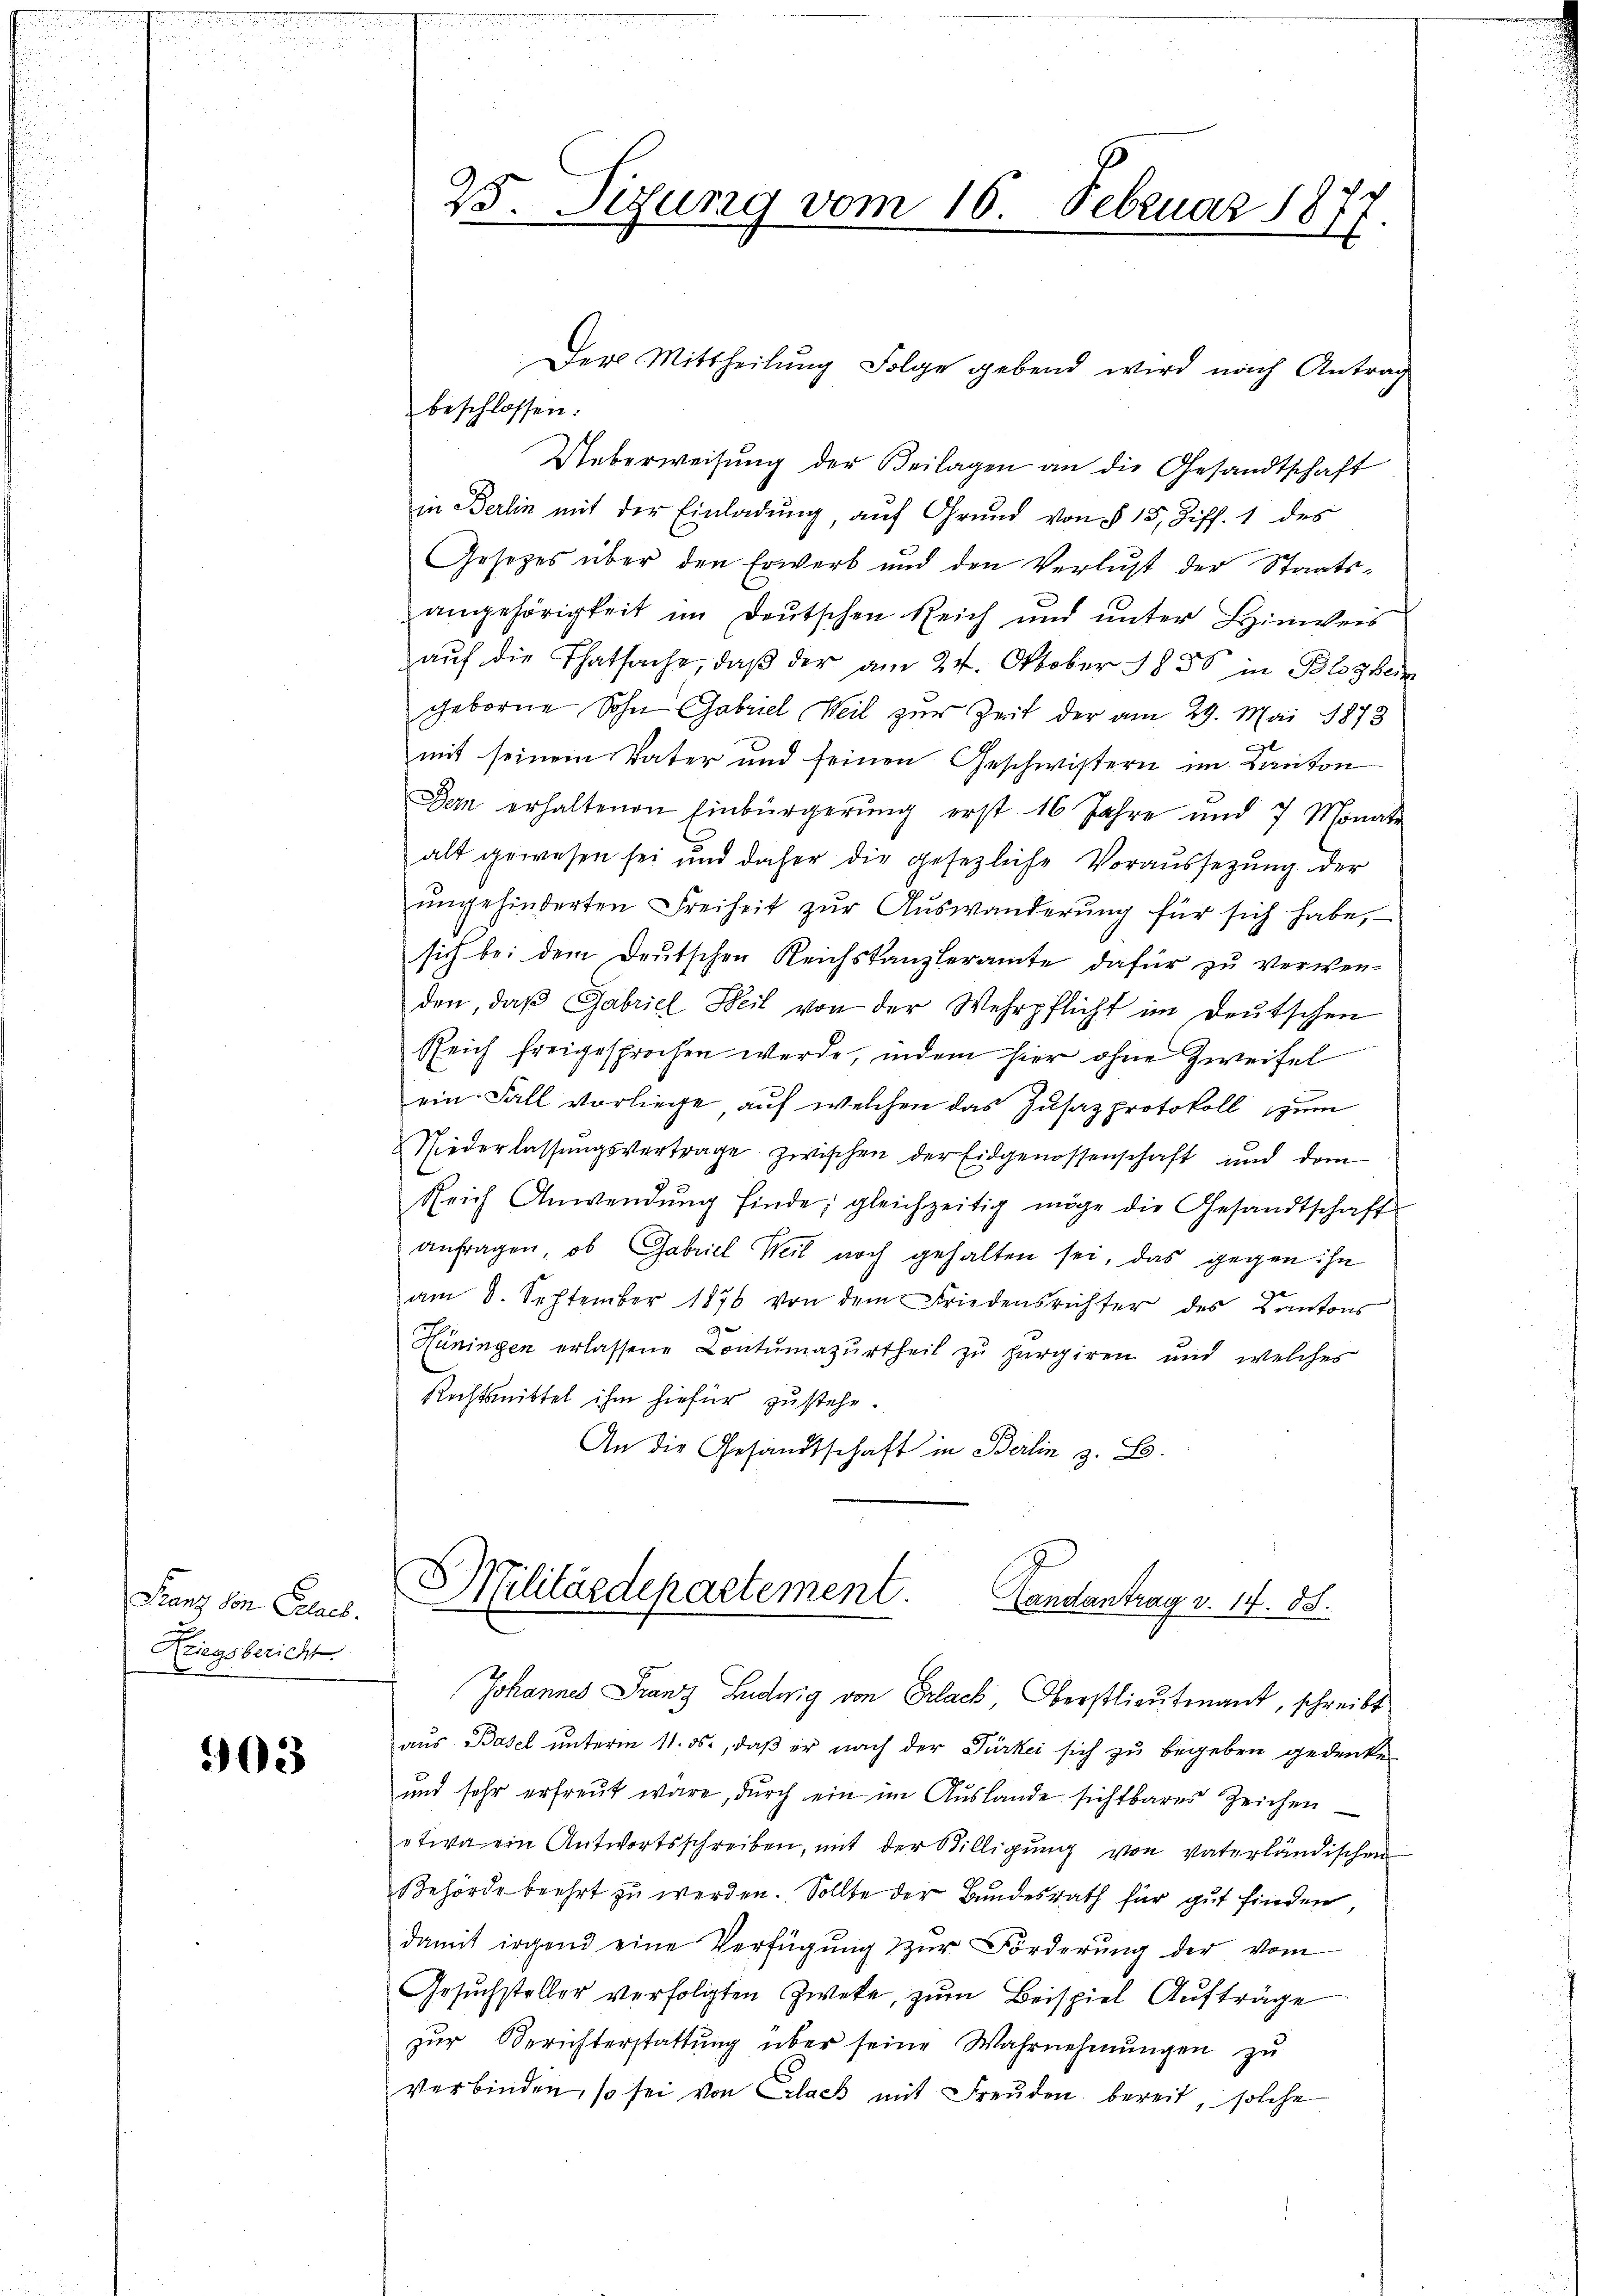
Franz von Celach.
J
Kriegsbericht.
e

503

25. Tizung vom 16. Februar 187

Der Mittheilung Folge gebend wird nach Antrag
beschlossen:
Ueberweisung der Beilagen an die Gesandtschaft
in Berlin mit der Einladung, auf Grund von § 15, Ziff. 1 des
Gesetzes über den Erwerb und den Verlust der Staatsangehörigkeit im Deutschen Reich und unter Leinweis
aŭf die Thatsache, daß der am 24. Oktober 1850 in Bezei
geborne Sohn Gabriel Weil zur Zeit der am 29. Mai 1873
mit seinem Vater und seinen Geschwistern im Kanton
Dem erhaltenen Einbürgerŭng erst 16 Jahre und 7 Monate
alt gewesen sei und daher die gesezliche Voraussetzŭng der
ŭngehinderten Freiheit zŭr Aŭswanderŭng für sich habe,
sich bei dem Deutschen Reichskanzleramte dafür zu verwen-
den, daß Gabriel Weil von der Wehrpflicht im Deutschen
gleich freigesprochen werde, indem hier ohne Zweifel
ein Fall vorliege auf welchen das Zusatzprotokoll zum
Niederlassŭngsvertrage zwischen der Eidgenossenschaft und dem
Reich Anwendŭng finde; gleichzeitig möge die Gesandtschaft
anfragen, ob Gabriel Weil noch gehalten sei, das gegen ihn
e
am 8. September 1876 von dem Friedensrichter des Kantons
Hüningen erlassene Contumazurtheil zu purgiren und welches
Rechtsmittel ihm hiefür zustehe.
An die Gesandtschaft in Berlin z. B.

Militärdepartement. Landantrag v. 14. 88.

Johannes Franz Ludwig von Erlack Oberstlieutenant, schreibt
aus Basel unterm 11. ds., daß er nach der Dürkei sich zu begeben gedenken
und sehr erfreut wäre, durch ein im Auslande sichtbares Zeichen
etwa ein Antwortsschreiben, mit der Willigŭng von vaterländischen
Behörde beehrt zu werden. Sollte der Bundesrath für gut finden
damit irgend eine Verfügŭng zŭr Förderung der vom
Gesuchsteller verfolgten Zweke, zum Beispiel Aufträge
zur Berichterstattung über seine Wahrnehmungen zu
verbinden, so sei von Erlack mit Freuden bereit, solche